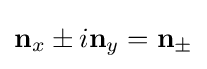
\mathbf {n} _{x}\pm i\mathbf {n} _{y}=\mathbf {n} _{\pm }